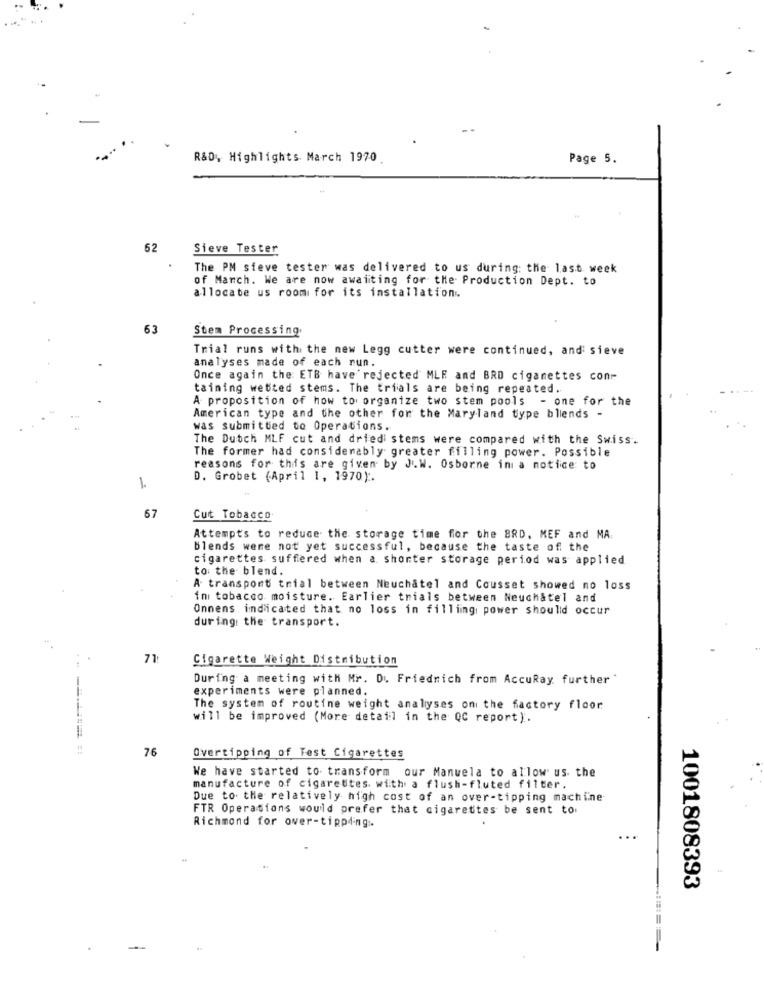
R&D, Highlights March 1970
Page 5.
62
Sieve Tester
The PM sieve tester was delivered to us during: the last week
of Manch. We are now awaiting for the Production Dept. to
allocate us room for its installation.
63
Stem Processing
Trial runs with the new Legg cutter were continued, and sieve
analyses made of each nun.
Once again the ETB have rejected MLE and BRD cigarettes con
taining wetted stems. The trials are being repeated.
A proposition of how to organize two stem pools - one for the
American type and the other for the Maryland type blends -
was submitted to Operations.
The Dutch MLF cut and driedi stems were compared with the Swiss.
The former had considerably greater filling power. Possible
reasons for this are given by J.W. Osborne in a notice to
1.
D. Grobet (April 1, 1970) :.
67
Cut Tobacco
Attempts to reduce the storage time for the BRD, MEF and MA.
Blends were not yet successful, because the taste of the
cigarettes suffered when a shorter storage period was applied
to: the blend.
A transport trial between Neuchatel and Cousset showed no loss
ini tobacco moisture. Earlier trials between Neuchatel and
Onnens indicated that no loss in filling power should occur
during the transport.
71
Cigarette Weight Distribution
During a meeting with Mr. Du Friedrich from AccuRay further *
experiments were planned.
The system of routine weight analyses on the factory floor
will be improved (More detail in the QC report).
76
Overtipping of Test Cigarettes
We have started to transform our Manuela to allow us the
manufacture of cigarettes. with a flush-fluted filter.
Due to the relatively high cost of an over-tipping machine
FTR Operations would prefer that cigarettes be sent to.
Richmond for over-tipping :.
1001808393